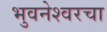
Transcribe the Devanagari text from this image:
भुवनेश्वरचा